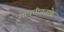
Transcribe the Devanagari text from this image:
गोपनीयताके